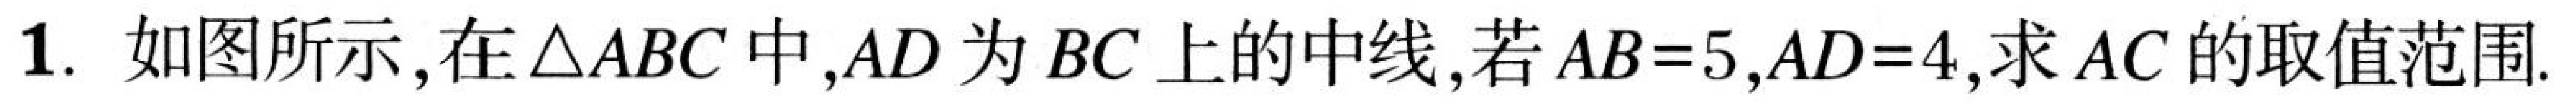
1. 如图所示,在\(\triangle ABC\)中,\(AD\)为\(BC\)上的中线,若\(AB = 5\),\(AD = 4\),求\(AC\)的取值范围.